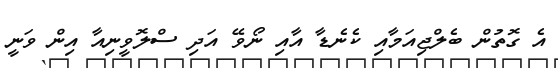
އެ ގޮތުން ބެލްޖިއަމާއި ކެނެޑާ އާއި ނޯވޭ އަދި ސްލޮވީނިއާ އިން ވަނީ